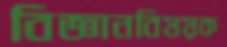
বিজ্ঞানবিষয়ক